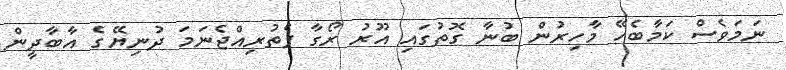
ނަމަވެސް ކަމާބެހޭ މާހިރުން ބުނާ ގޮތުގައި އޫރު ރޯގާ ފެތުރިއްޖެނަމަ ދުނިޔޭގެ އާބާދީން